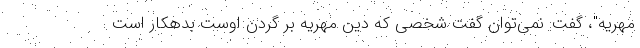
مهریه"، گفت: نمی‌توان گفت شخصی که دین مهریه بر گردن اوست بدهکار است